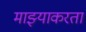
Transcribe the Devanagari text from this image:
माझ्याकरता